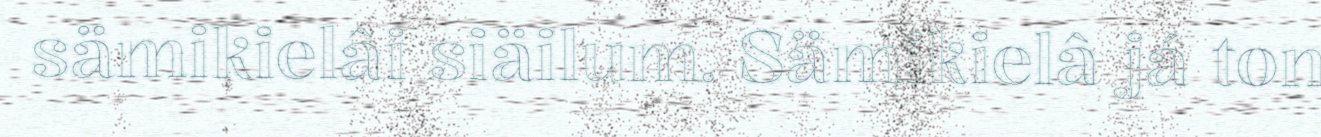
sämikielâi siäilum. Sämikielâ já ton